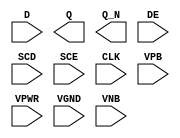
/**
 * Copyright 2020 The SkyWater PDK Authors
 *
 * Licensed under the Apache License, Version 2.0 (the "License");
 * you may not use this file except in compliance with the License.
 * You may obtain a copy of the License at
 *
 *     https://www.apache.org/licenses/LICENSE-2.0
 *
 * Unless required by applicable law or agreed to in writing, software
 * distributed under the License is distributed on an "AS IS" BASIS,
 * WITHOUT WARRANTIES OR CONDITIONS OF ANY KIND, either express or implied.
 * See the License for the specific language governing permissions and
 * limitations under the License.
 *
 * SPDX-License-Identifier: Apache-2.0
 */

`ifndef SKY130_FD_SC_LS__SEDFXBP_PP_SYMBOL_V
`define SKY130_FD_SC_LS__SEDFXBP_PP_SYMBOL_V

/**
 * sedfxbp: Scan delay flop, data enable, non-inverted clock,
 *          complementary outputs.
 *
 * Verilog stub (with power pins) for graphical symbol definition
 * generation.
 *
 * WARNING: This file is autogenerated, do not modify directly!
 */

`timescale 1ns / 1ps
`default_nettype none

(* blackbox *)
module sky130_fd_sc_ls__sedfxbp (
    //# {{data|Data Signals}}
    input  D   ,
    output Q   ,
    output Q_N ,

    //# {{control|Control Signals}}
    input  DE  ,

    //# {{scanchain|Scan Chain}}
    input  SCD ,
    input  SCE ,

    //# {{clocks|Clocking}}
    input  CLK ,

    //# {{power|Power}}
    input  VPB ,
    input  VPWR,
    input  VGND,
    input  VNB
);
endmodule

`default_nettype wire
`endif  // SKY130_FD_SC_LS__SEDFXBP_PP_SYMBOL_V